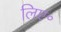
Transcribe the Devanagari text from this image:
लिए॰